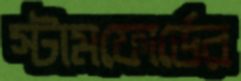
স্টামফোর্ডের